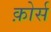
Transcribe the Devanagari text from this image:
क़ोर्स